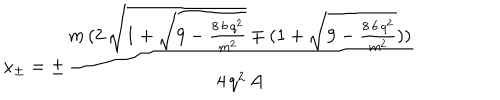
x _ { \pm } = \pm \frac { m \, ( 2 \, \sqrt { 1 + \sqrt { 9 - \frac { 8 \, b \, q ^ { 2 } } { m ^ { 2 } } } } \mp ( 1 + \sqrt { 9 - \frac { 8 \, b \, q ^ { 2 } } { m ^ { 2 } } } ) ) } { 4 \, q ^ { 2 } \, A }